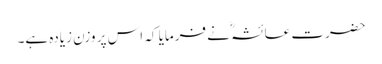
حضرت عائشہؓ نے فرمایا کہ اس پر وزن زیادہ ہے۔